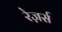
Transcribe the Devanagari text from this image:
रेज़र्स